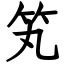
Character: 笂